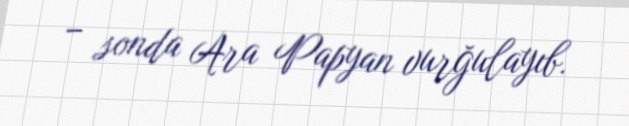
– sonda Ara Papyan vurğulayıb.